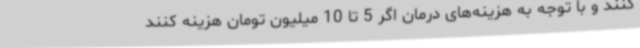
کنند و با توجه به هزینه‌های درمان اگر 5 تا 10 میلیون تومان هزینه کنند